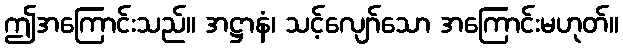
ဤအကြောင်းသည်။ အဋ္ဌာနံ၊ သင့်လျော်သော အကြောင်းမဟုတ်။